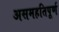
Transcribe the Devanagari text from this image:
असमहतिपूर्ण